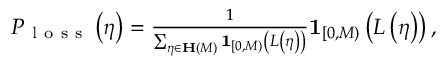
\begin{array} { r } { P _ { \mathrm { ~ l ~ o ~ s ~ s ~ } } \left( \eta \right) = \frac { 1 } { \sum _ { \eta \in \mathbf { H } \left( M \right) } \mathbf { 1 } _ { \left[ 0 , M \right) } \left( L \left( \eta \right) \right) } \mathbf { 1 } _ { \left[ 0 , M \right) } \left( L \left( \eta \right) \right) , } \end{array}